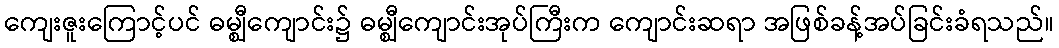
ကျေးဇူးကြောင့်ပင် ဓမ္ဈီကျောင်း၌ ဓမ္ဈီကျောင်းအုပ်ကြီးက ကျောင်းဆရာ အဖြစ်ခန့်အပ်ခြင်းခံရသည်။